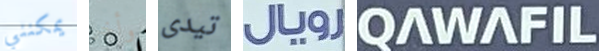
يمكنني وأخر تيدى رويال QAWAFIL